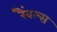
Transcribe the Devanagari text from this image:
रैंबल्स